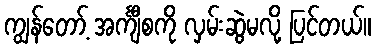
ကျွန်တော့် အင်္ကျီစကို လှမ်းဆွဲမလို့ ပြင်တယ်။